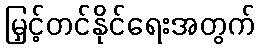
မြှင့်တင်နိုင်ရေးအတွက်